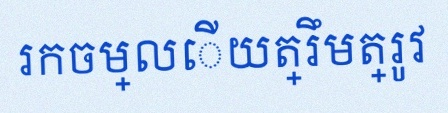
រកចម្លើយត្រឹមត្រូវ